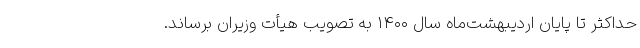
حداکثر تا پایان اردیبهشت‌ماه سال ۱۴۰۰ به تصویب هیأت وزیران برساند.